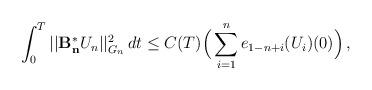
LaTeX: \begin{align*} \displaystyle{\int_0^T ||\mathcal{\mathbf{B^{\ast}_{n}}}U_n||_{G_{n}}^2 \,dt \le C(T) \Big( \sum_{i=1}^{n} e_{1-n+i}(U_{i})(0) \Big) \,,} \end{align*}